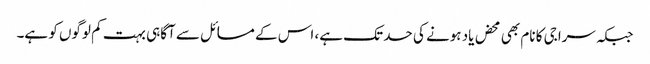
جبکہ سراجی کا نام بھی محض یاد ہونے کی حد تک ہے، اس کے مسائل سے آگاہی بہت کم لوگوں کو ہے۔